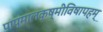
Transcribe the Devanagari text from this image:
पाप्मालक्ष्मीविषापहम्